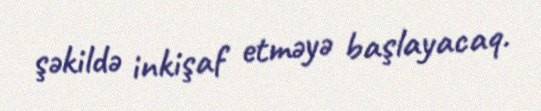
şəkildə inkişaf etməyə başlayacaq.